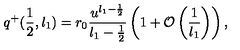
q ^ { + } ( \frac { 1 } { 2 } , l _ { 1 } ) = r _ { 0 } \frac { u ^ { l _ { 1 } - \frac { 1 } { 2 } } } { l _ { 1 } - \frac { 1 } { 2 } } \left( 1 + { \cal O } \left( \frac { 1 } { l _ { 1 } } \right) \right) ,